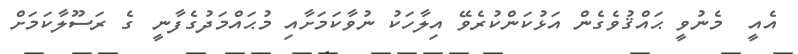
އެއީ  މެނުވީ ޙައްޤުވެގެން އަޅުކަންކުރެވޭ އިލާހަކު ނުވާކަމަށާއި މުޙައްމަދުގެފާނީ  ގެ ރަސޫލާކަމަށް